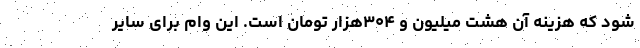
شود که هزینه آن هشت میلیون و ۳۰۴هزار تومان است. این وام برای سایر